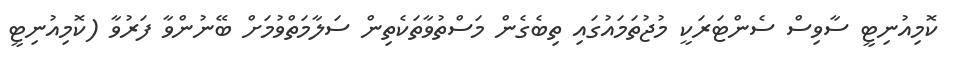
ކޮމިއުނިޓީ ސާވިސް ސެންޓަރަކީ މުޖުތަމައުގައި ތިބެގެން މަސްތުވާތަކެތިން ސަލާމަތްވުމަށް ބޭނުންވާ ފަރުވާ (ކޮމިއުނިޓީ